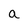
Character: a